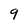
Character: 9